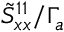
\tilde { S } _ { x x } ^ { 1 1 } / \Gamma _ { a }